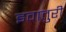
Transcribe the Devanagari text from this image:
इवातुरी